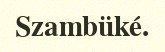
Szambüké.